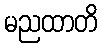
မညထာတိ